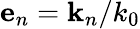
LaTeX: \mathbf{e}_{n}=\mathbf{k}_{n}/k_{0}